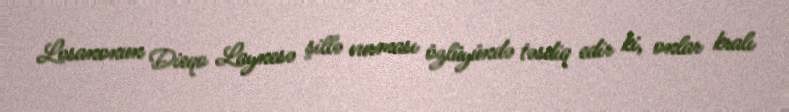
Losanonun Dieqo Laynesə şillə vurması özlüyündə təsdiq edir ki, onlar kralı